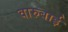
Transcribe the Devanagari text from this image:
वारुबाई